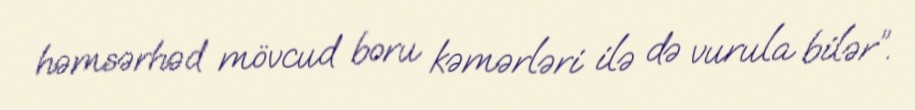
həmsərhəd mövcud boru kəmərləri ilə də vurula bilər”.